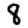
Digit: 8